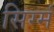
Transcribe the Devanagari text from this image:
सिग्मं